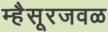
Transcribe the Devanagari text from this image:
म्हैसूरजवळ